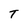
Character: T